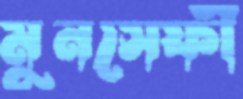
মুনসেফী